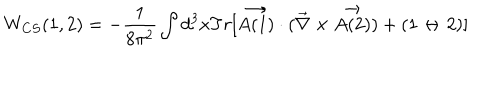
LaTeX: W _ { C S } ( 1 , 2 ) = - \frac { 1 } { 8 \pi ^ { 2 } } \int d ^ { 3 } x T r [ \vec { A ( 1 ) } \cdot ( \vec { \nabla } \times \vec { A ( 2 ) } ) + ( 1 \leftrightarrow 2 ) ]